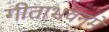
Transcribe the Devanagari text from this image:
गीताभवनमें